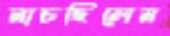
নাচছিলেন